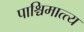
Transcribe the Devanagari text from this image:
पाश्चिमात्त्य